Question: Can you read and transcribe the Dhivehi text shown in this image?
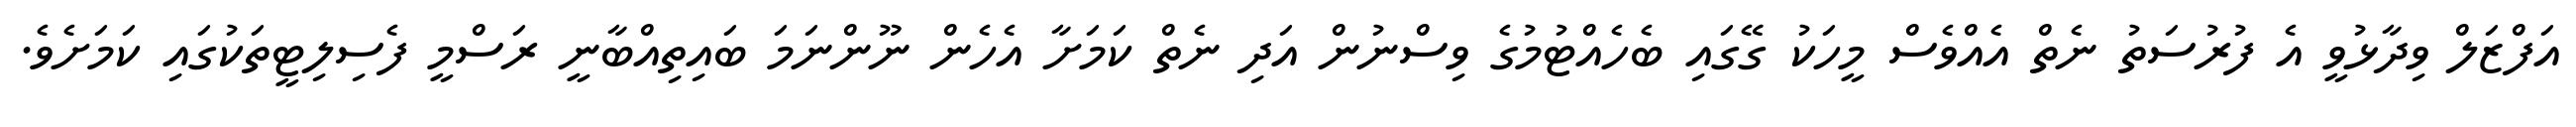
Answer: އަފްޒަލް ވިދާޅުވީ އެ ފުރުސަތު ނެތް އެއްވެސް މީހަކު ގޭގައި ބެހެއްޓުމުގެ ވިސްނުން އަދި ނެތް ކަމަށާ އެހެން ނޫންނަމަ ބައިތިއްބާނީ ރަސްމީ ފެސިލިޓީތަކުގައި ކަމަށެވެ.